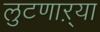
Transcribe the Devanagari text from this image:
लुटणाऱ्या